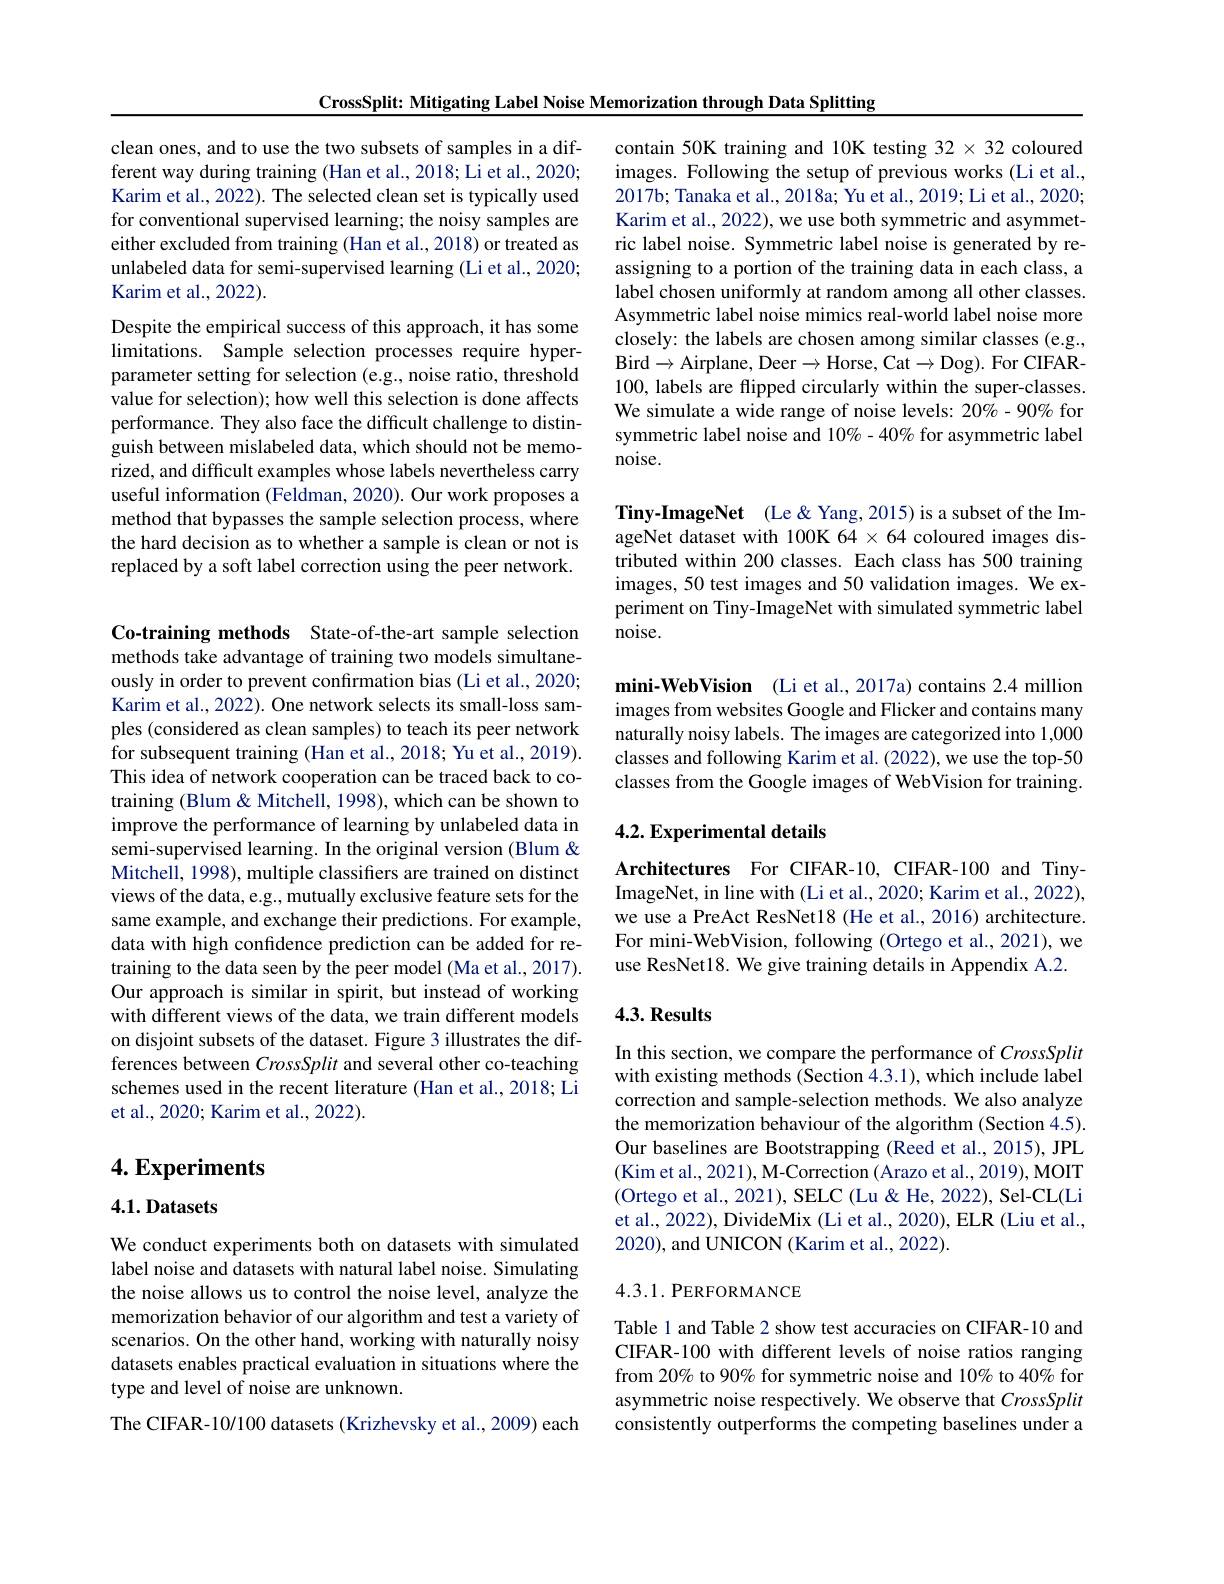
CrossSplit: Mitigating Label Noise Memorization through Data Splitting

clean ones, and to use the two subsets of samples in a different way during training (Han et al., 2018; Li et al., 2020; Karim et al., 2022). The selected clean set is typically used for conventional supervised learning; the noisy samples are either excluded from training (Han et al., 2018) or treated as unlabeled data for semi-supervised learning (Li et al., 2020; Karim et al., 2022).

Despite the empirical success of this approach, it has some limitations. Sample selection processes require hyperparameter setting for selection (e.g., noise ratio, threshold value for selection); how well this selection is done affects performance. They also face the difficult challenge to distinguish between mislabeled data, which should not be memorized, and difficult examples whose labels nevertheless carry useful information (Feldman, 2020). Our work proposes a method that bypasses the sample selection process, where the hard decision as to whether a sample is clean or not is replaced by a soft label correction using the peer network.

Co-training methods State-of-the-art sample selection methods take advantage of training two models simultaneously in order to prevent confırmation bias (Li et al., 2020; Karim et al., 2022). One network selects its small-loss samples (considered as clean samples) to teach its peer network for subsequent training (Han et al., 2018; Yu et al., 2019). This idea of network cooperation can be traced back to cotraining (Blum & Mitchell, 1998), which can be shown to improve the performance of learning by unlabeled data in semi-supervised learning. In the original version (Blum & Mitchell, 1998), multiple classifiers are trained on distinct views of the data, e.g., mutually exclusive feature sets for the same example, and exchange their predictions. For example, data with high confidence prediction can be added for retraining to the data seen by the peer model (Ma et al., 2017). Our approach is similar in spirit, but instead of working with different views of the data, we train different models on disjoint subsets of the dataset. Figure 3 illustrates the differences between CrossSplit and several other co-teaching schemes used in the recent literature (Han et al.,2018; Li et al., 2020; Karim et al., 2022).

## $4. \textbf{Experiments}$

4.1. Datasets

We conduct experiments both on datasets with simulated label noise and datasets with natural label noise. Simulating the noise allows us to control the noise level, analyze the memorization behavior of our algorithm and test a variety of scenarios. On the other hand, working with naturally noisy datasets enables practical evaluation in situations where the type and level of noise are unknown.
The CIFAR-10/100 datasets (Krizhevsky et al., 2009) each

contain 50K training and 10K testing 32 × 32 coloured images. Following the setup of previous works (Li et al., 2017b; Tanaka et al., 2018a; Yu et al., 2019; Li et al., 2020; Karim et al., 2022), we use both symmetric and asymmetric label noise. Symmetric label noise is generated by reassigning to a portion of the training data in each class, a label chosen uniformly at random among all other classes. Asymmetric label noise mimics real-world label noise more closely: the labels are chosen among similar classes (e.g., Bird$\to$Airplane, Deer$\to$Horse, Cat$\to$Dog). For CIFAR- 100, labels are flipped circularly within the super-classes We simulate a wide range of noise levels: 20%- 90% for symmetric label noise and $10\%-40\%$ for asymmetric label noise.

Tiny-ImageNet (Le&Yang,2015) is a subset of the ImageNet dataset with 100K 64 × 64 coloured images distributed within 200 classes. Each class has 500 training images, 50 test images and 50 validation images. We experiment on Tiny-ImageNet with simulated symmetric label noise.

mini-WebVision (Li et al., 2017a) contains 2.4 million images from websites Google and Flicker and contains many naturally noisy labels. The images are categorized into 1,000 classes and following Karim et al. (2022), we use the top-50 classes from the Google images of WebVision for training.

## 4.2. Experimental details

Architectures For CIFAR-10, CIFAR-100 and TinyImageNet, in line with (Li et al., 2020; Karim et al., 2022), we use a PreAct ResNet18 (He et al., 2016) architecture. For mini-WebVision, following (Ortego et al., 2021), we use ResNet18. We give training details in Appendix A.2.

### $4. 3. \textbf{Results}$

In this section, we compare the performance of CrossSplit with existing methods (Section 4.3.1), which include label correction and sample-selection methods. We also analyze the memorization behaviour of the algorithm (Section 4.5). Our baselines are Bootstrapping (Reed et al., 2015), JPL (Kim et al., 2021), M-Correction (Arazo et al., 2019), MOIT (Ortego et al., 2021), SELC (Lu & He, 2022), Sel-CL(Li et al., 2022), DivideMix (Li et al., 2020), ELR (Liu et al., 2020), and UNICON (Karim et al., 2022).

## 4.3.1. PERFORMANCE

Table 1 and Table 2 show test accuracies on CIFAR-10 and CIFAR-100 with different levels of noise ratios ranging from 20% to 90% for symmetric noise and 10% to 40% for asymmetric noise respectively. We observe that CrossSplit consistently outperforms the competing baselines under a